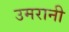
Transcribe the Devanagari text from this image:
उमरानी